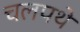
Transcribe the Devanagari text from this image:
चलपथे